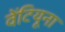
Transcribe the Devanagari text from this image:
वेंटियूना